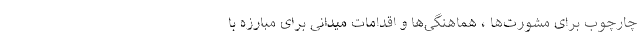
چارچوب برای مشورت‌ها ، هماهنگی‌ها و اقدامات میدانی برای مبارزه با